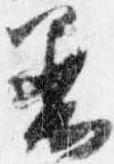
着